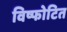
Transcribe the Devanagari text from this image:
विष्फोटित